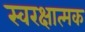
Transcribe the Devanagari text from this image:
स्वरक्षात्मक